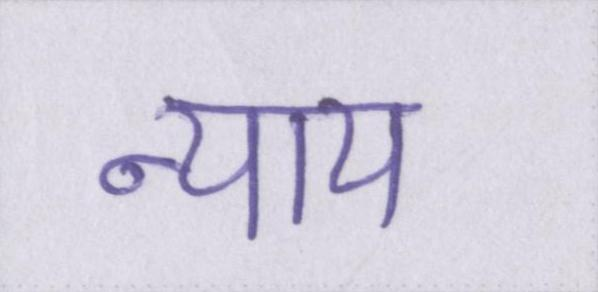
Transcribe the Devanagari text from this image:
न्याय